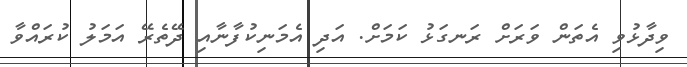
ވިދާޅުވި އެތަން ވަރަށް ރަނގަޅު ކަމަށް. އަދި އެމަނިކުފާނާއި ދޭތެރޭ އަމަލު ކުރައްވާ